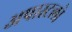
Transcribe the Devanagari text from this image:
अपास्टलो